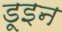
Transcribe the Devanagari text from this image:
डूइन